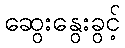
ဆွေးနွေးခွင့်